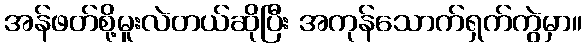
အန်ဖတ်စို့မူးလဲတယ်ဆိုပြီး အကုန်သောက်ရှက်ကွဲမှာ။